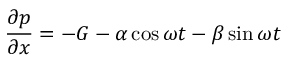
{ \frac { \partial p } { \partial x } } = - G - \alpha \cos \omega t - \beta \sin \omega t